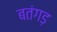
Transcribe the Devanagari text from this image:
बतंगड़